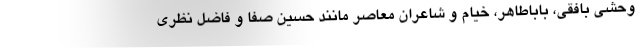
وحشی بافقی، باباطاهر، خیام و شاعران معاصر مانند حسین صفا و فاضل نظری